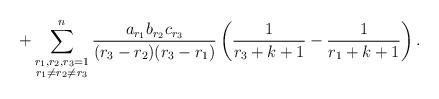
LaTeX: \begin{align*}+\sum_{\substack{{r_1,r_2,r_3=1}\\r_1\ne r_2\ne r_3}}^{n}\frac{a_{r_1}b_{r_2}c_{r_3}}{(r_3-r_2)(r_3-r_1)}\left(\frac{1}{r_3+k+1} -\frac{1}{r_1+k+1}\right).\end{align*}